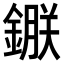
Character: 𨫇